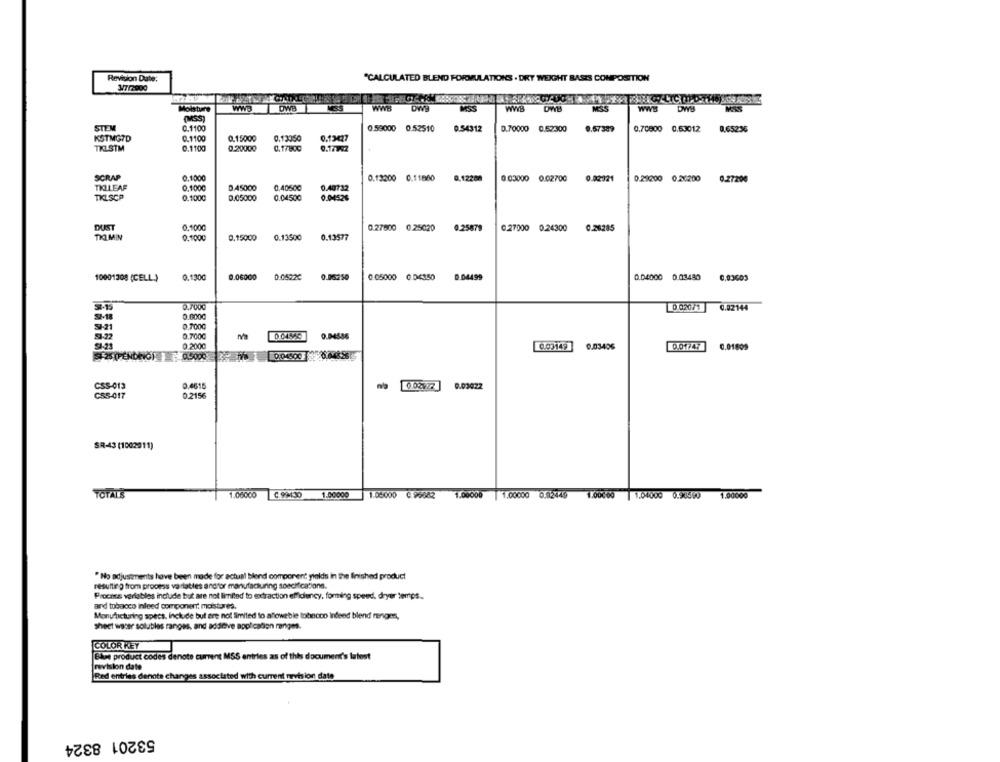
Revision Date:
"CALCULATED BLEND FORMULATIONS . DRY WEIGHT BASIS COMPOSITION
17/2900
WWB
OWB
WWB
MOSS
WWB
MSS
Moisture
WWIS
MSS
(MSS)
STEM
0.1100
0.59000 0.52510
0.54312
0.70000 0.52300
0.67389
0.70800 0.63012
0.65236
KSTMGTD
0.1100
0.15000
0.13350
0.13427
TKLSTM
0.1100
0.20000
0.17800
0.17992
SCRAP
0.1000
0.13200 0.11800
0.12208
0.03000
0.02700
0.02921
0.29200 0.36200
0.27200
TRILEAF
0,1000
D.45000
0,40500
0.40732
TKLSCP
0.1000
0.05000
0.04500
0.04526
DUST
0.1000
0.27600
0.25020
0.25879
C.27000
0.24300
0.26285
0.1000
0,15000
0.13500
0.13577
10001308 (CELL.)
1.130℃
0.06000
0.05220
0.06250
0.05000 0.04350
D.04499
0.04000
0.03480
0,03603
0.7000
0 020/1
6.02144
0.0000
9-21
0.7000
0.700G
0.04586
0.2000
0.03142
0.03406
0.01809
SI-25(PENDINO)}
0.5009
CSS-013
0.461
na
0.03022
C55-017
0.2156
SR-43 (1002011)
TOTAL'S
1.06000
C 99130
1.00000
1.05000
C 99882
1.00000
1.00000 0.82449 1.00000 1.04000 0.98590 1.00000
"No adjustments have been made for actual blond component yields in the finished product
resulting from process varables andfor manufacturing specifications.
Procans variables include but are not limited to extraction efficiency, forming speed. dryer temps.
and tobacco inleed component: moistures.
Manufacturing specs, include but are not limited to allowable tobecco indeed blend menges,
sheet water solubles ranges, and addictive application ranges.
COLOR KEY
Blue product codes denote current MSS entries as of this document's latest
revision date
Red entries denote changes associated with current revision date
53201 8324